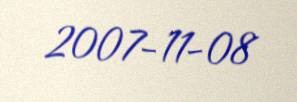
2007-11-08